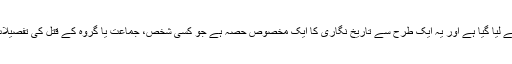
اصطلاحی لحاظ سے اسم مکان سے لیا گیا ہے اور یہ ایک طرح سے تاریخ نگاری کا ایک مخصوص حصہ ہے جو کسی شخص، جماعت یا گروہ کے قتل کی تفصیلات اور جزئیات کو بیان کرتا ہے ۔